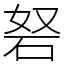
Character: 砮